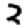
Digit: 2